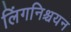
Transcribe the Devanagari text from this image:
लिंगनिश्चयन